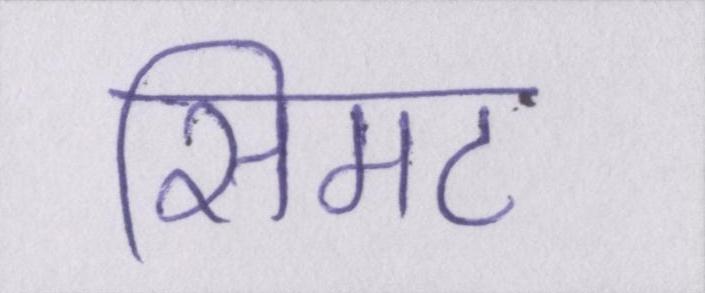
सिमट